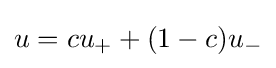
u=cu_{+}+(1-c)u_{-}